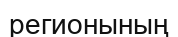
регионының